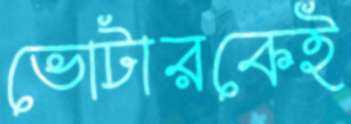
ভোটারকেই